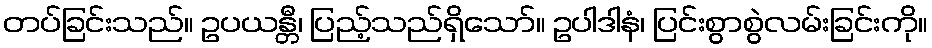
တပ်ခြင်းသည်။ ဥပယန္တီ၊ ပြည့်သည်ရှိသော်။ ဥပါဒါနံ၊ ပြင်းစွာစွဲလမ်းခြင်းကို။